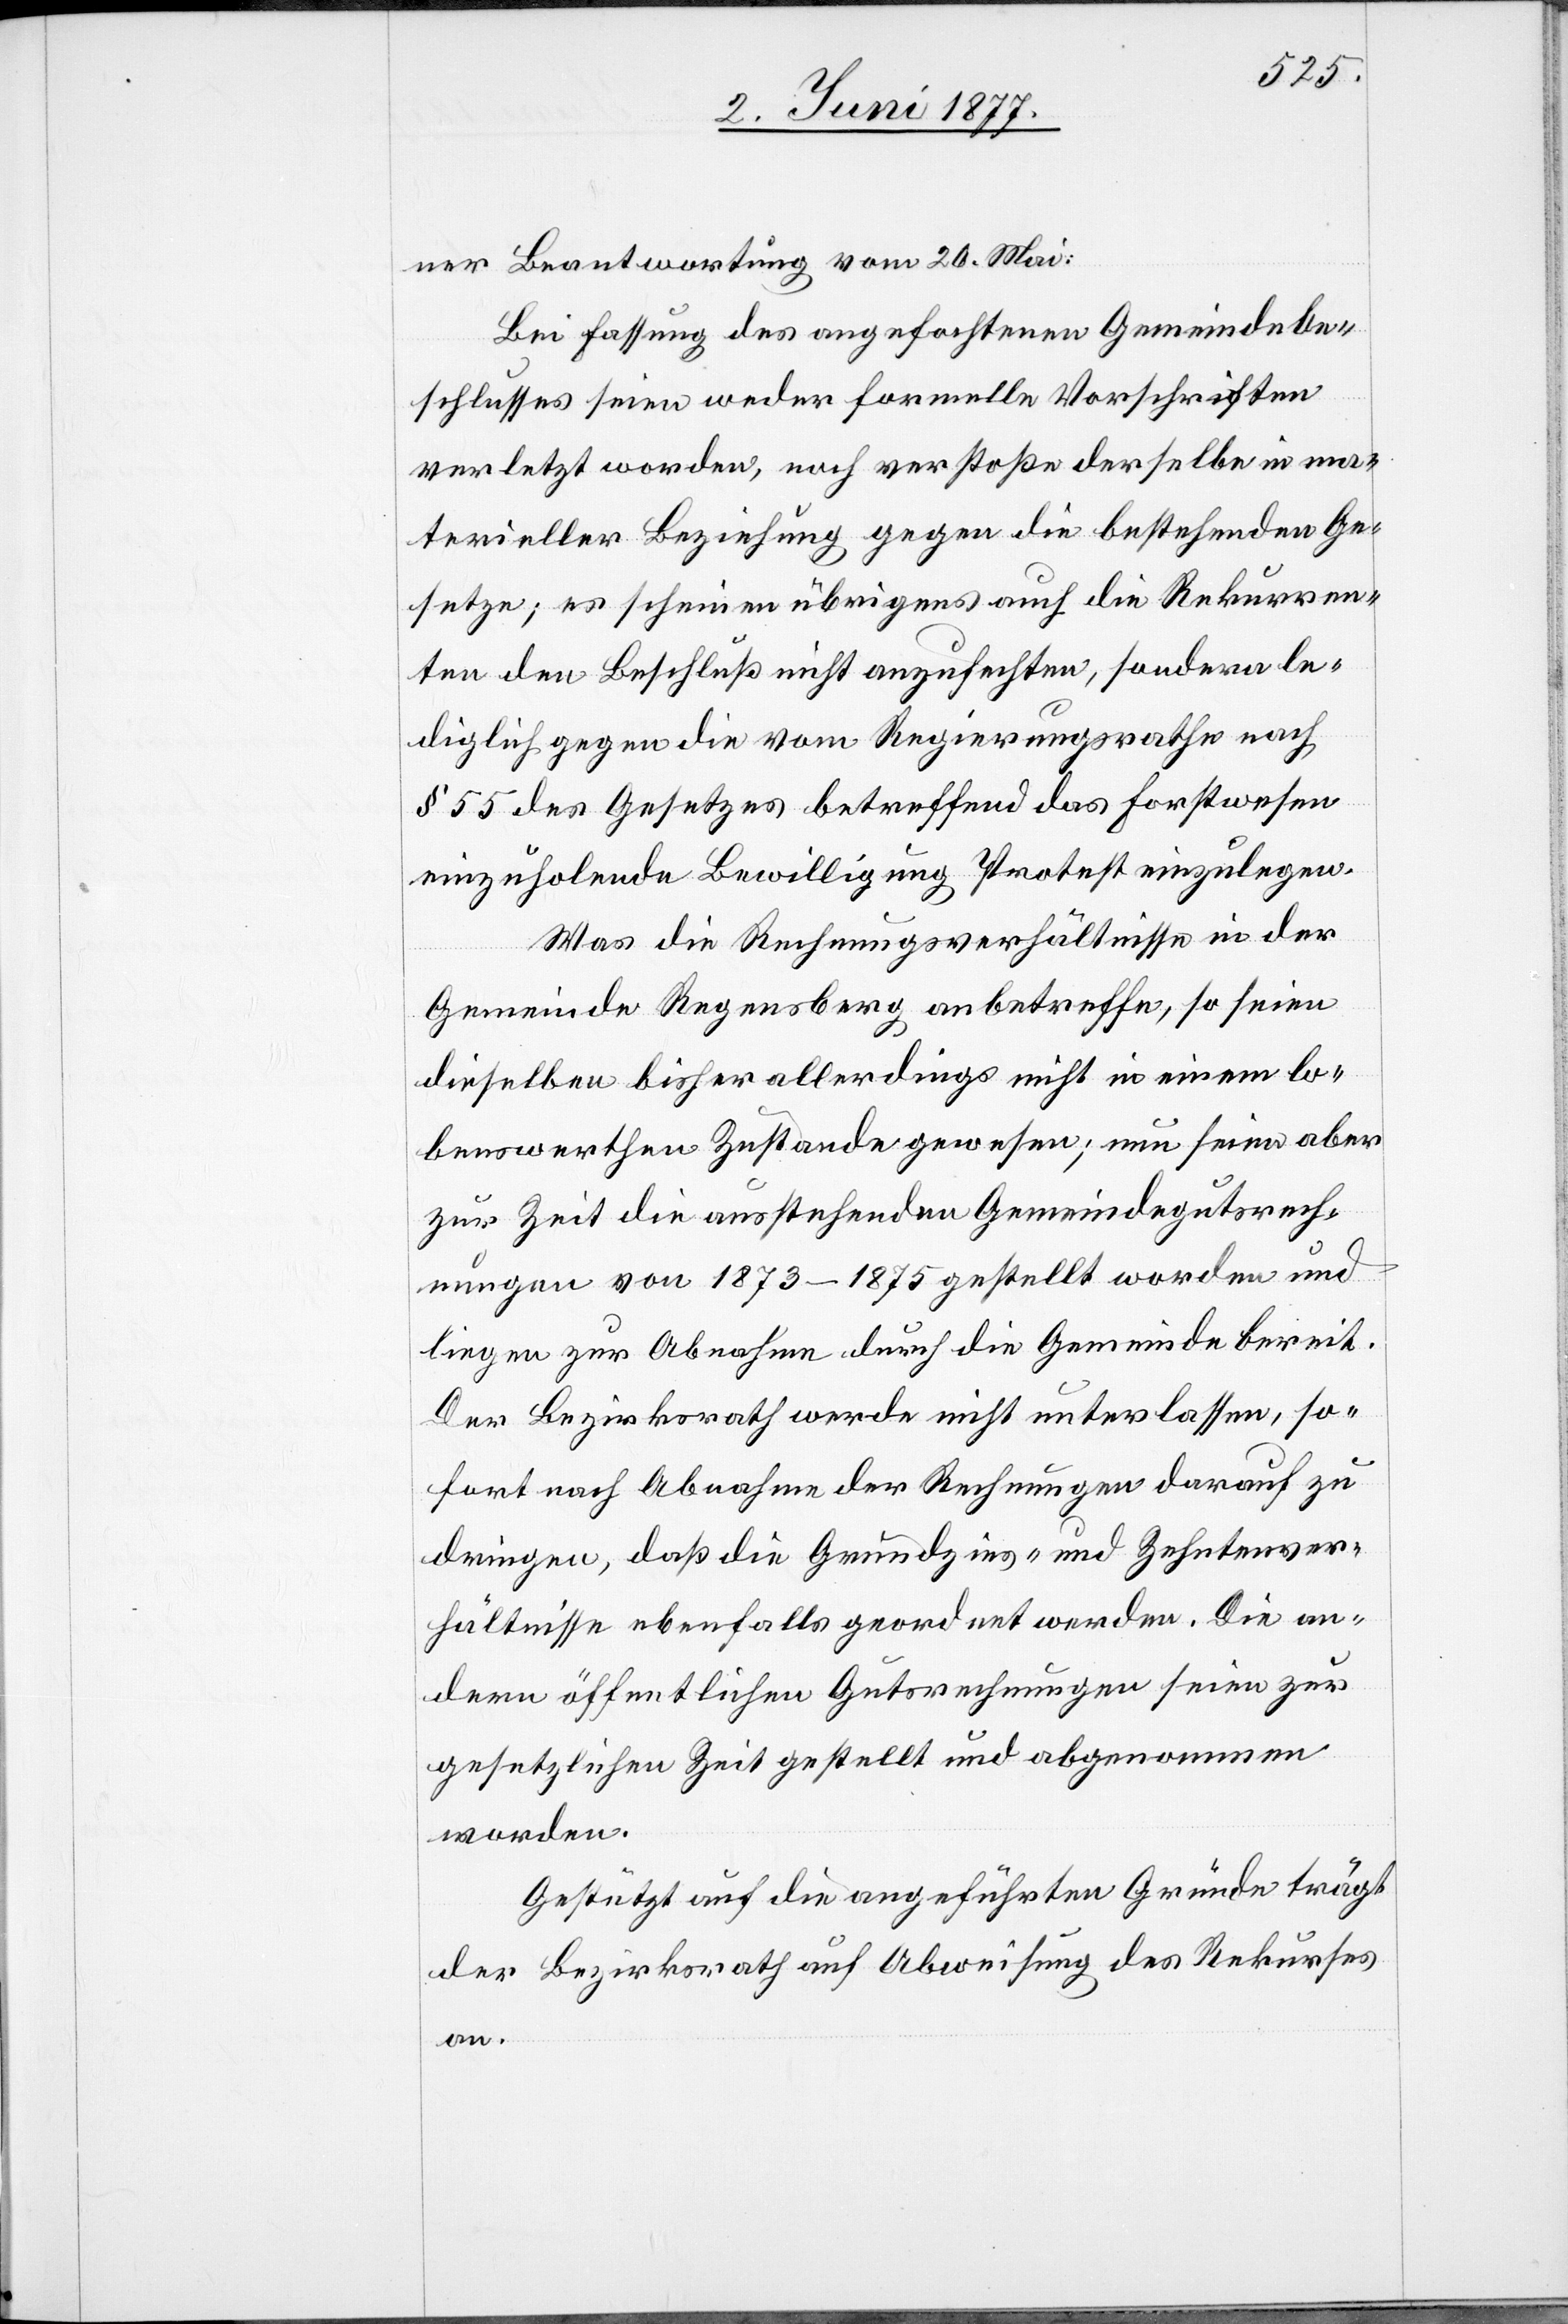
ner Beantwortung vom 20. Mai:
Bei Fassung des angefochtenen Gemeindebe¬
schlusses seien weder formelle Vorschriften
verletzt worden, noch verstoße derselbe in ma¬
terieller Beziehung gegen die bestehenden Ge¬
setze; es scheinen übrigens auch die Rekurren¬
ten den Beschluß nicht anzufechten, sondern le¬
diglich gegen die vom Regierungsrathe nach
§ 55 des Gesetzes betreffend das Forstwesen
einzuholende Bewilligung Protest einzulegen.
Was die Rechnungsverhältnisse in der
Gemeinde Regensberg anbetreffe, so seien
dieselben bisher allerdings nicht in einem lo¬
benswerthen Zustande gewesen; nun seien aber
zur Zeit die ausstehenden Gemeindegutsrech¬
nungen von 1873–1875 gestellt worden und
liegen zur Abnahme durch die Gemeinde bereit.
Der Bezirksrath werde nicht unterlassen, so¬
fort nach Abnahme der Rechnungen darauf zu
dringen, daß die Grundzins- und Zehntenver¬
hältnisse ebenfalls geordnet werden. Die an¬
dern öffentlichen Gutsrechnungen seien zur
gesetzlichen Zeit gestellt und abgenommen
worden.
Gestützt auf die angeführten Gründe trägt
der Bezirksrath auf Abweisung des Rekurses
an.